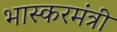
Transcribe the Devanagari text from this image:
भास्करमंत्री